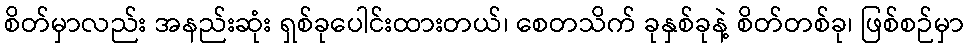
စိတ်မှာလည်း အနည်းဆုံး ရှစ်ခုပေါင်းထားတယ်၊ စေတသိက် ခုနှစ်ခုနဲ့ စိတ်တစ်ခု၊ ဖြစ်စဉ်မှာ